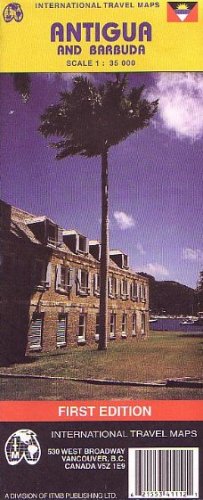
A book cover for Antigua & Barbuda Travel Refer. map 1:35,000 (Travel Reference Map); International Travel Maps; Travel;